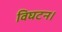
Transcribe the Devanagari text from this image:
विघटन।